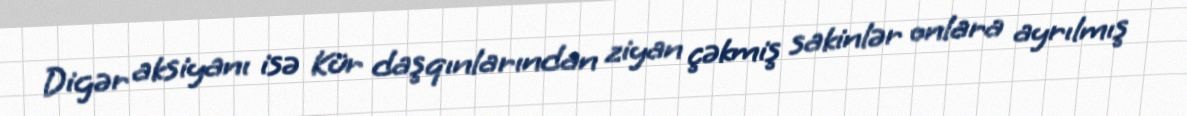
Digər aksiyanı isə Kür daşqınlarından ziyan çəkmiş sakinlər onlara ayrılmış